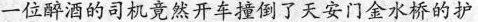
一位醉酒的司机竟然开车撞倒了天安门金水桥的护